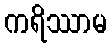
ကရိဿာမ